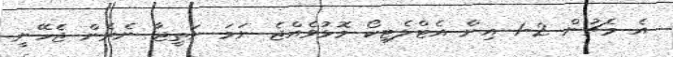
އެ މެޗުން 2-1 އިން އެޓްލެޓިކޯ މޮޅުވެއްޖެ ނަމަ ނަތީޖާ ނެރެން ޖެހޭނީ